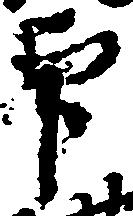
印